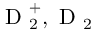
\mathrm { ~ D ~ } _ { 2 } ^ { + } , \mathrm { ~ D ~ } _ { 2 }